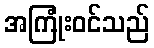
အကြုံးဝင်သည်